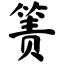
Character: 箦